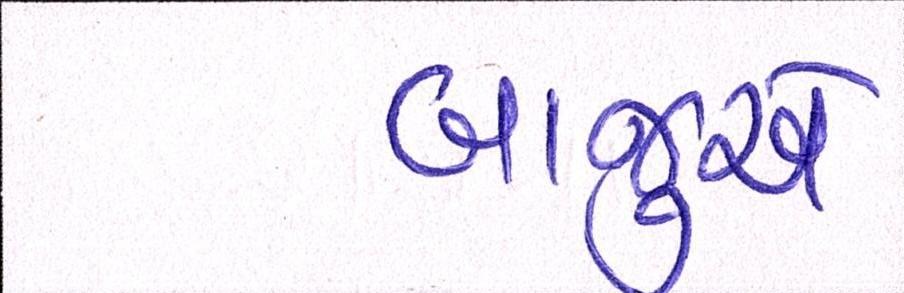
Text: બાજુએ